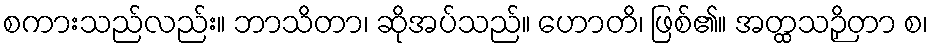
စကားသည်လည်း။ ဘာသိတာ၊ ဆိုအပ်သည်။ ဟောတိ၊ ဖြစ်၏။ အတ္ထသဉှိတာ စ၊